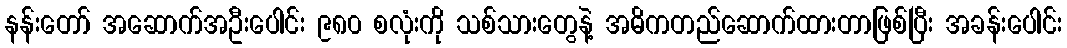
နန်းတော် အဆောက်အဦးပေါင်း ၉၈၀ စလုံးကို သစ်သားတွေနဲ့ အဓိကတည်ဆောက်ထားတာဖြစ်ပြီး အခန်းပေါင်း